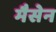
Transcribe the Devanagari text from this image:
मैसेन